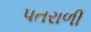
પતરાળી